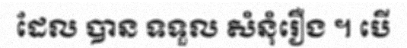
ដែល បាន ទទួល សំនុំរឿង ។ បើ